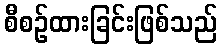
စီစဉ်ထားခြင်းဖြစ်သည်